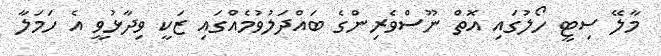
މާލޭ ސިޓީ ހޯލުގައި އޮތް ނޫސްވެރިންގެ ބައްދަލުވުމެއްގައި ޒަކީ ވިދާޅުވީ އެ ހަމަލާ